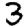
Digit: 3